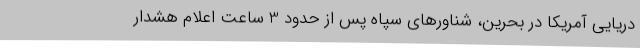
دریایی آمریکا در بحرین، شناورهای سپاه پس از حدود 3 ساعت اعلام هشدار